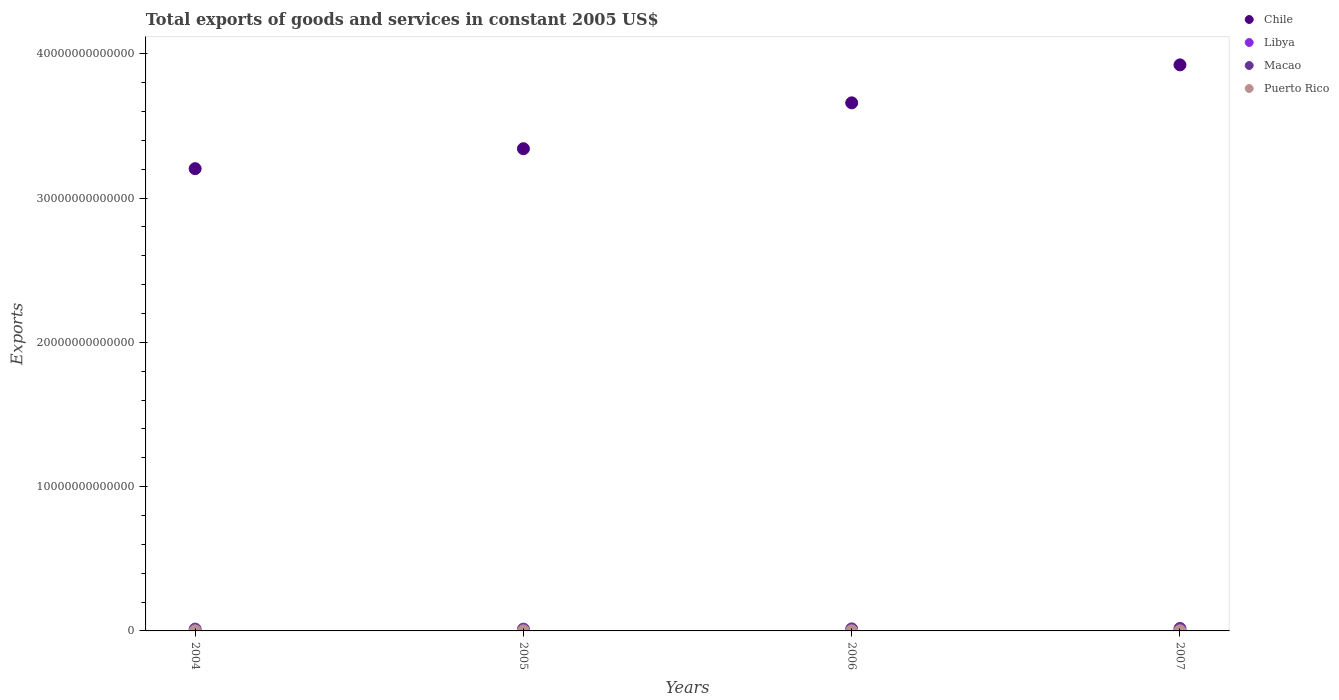
| Years | Chile | Libya | Macao | Puerto Rico |
 | --- | --- | --- | --- | --- |
 | 2004 | 3.2e+13 | 1.74e+10 | 1.26e+11 | 7e+09 |
 | 2005 | 3.34e+13 | 1.87e+10 | 1.25e+11 | 7.2e+09 |
 | 2006 | 3.66e+13 | 2.27e+10 | 1.41e+11 | 7.64e+09 |
 | 2007 | 3.92e+13 | 2.51e+10 | 1.74e+11 | 7.04e+09 |